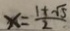
x = \frac { 1 + \sqrt { 5 } } { 2 }